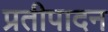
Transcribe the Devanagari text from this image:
प्रतीपादन